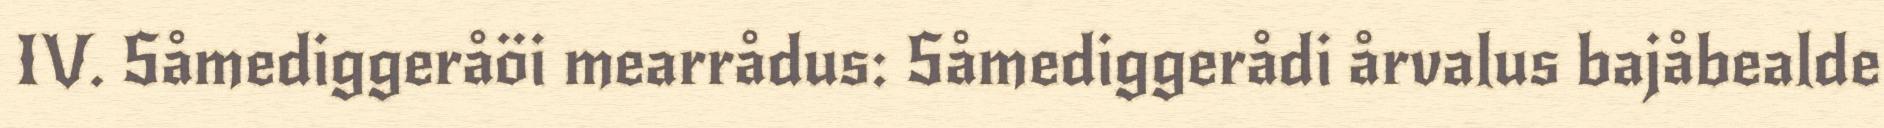
IV. Såmediggeråöi mearrådus: Såmediggerådi årvalus bajåbealde